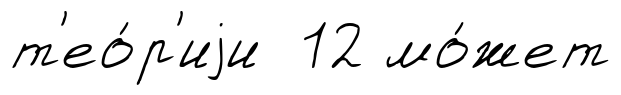
т'ео́р'иjи 12 мо́жет